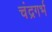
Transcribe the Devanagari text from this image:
चंद्रगर्भ